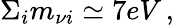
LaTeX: \Sigma_{i}m_{\nu i}\simeq 7eV\, ,